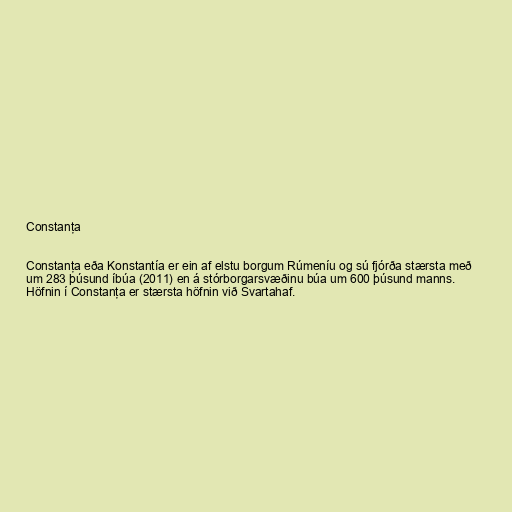
Constanţa

Constanţa eða Konstantía er ein af elstu borgum Rúmeníu og sú fjórða stærsta með
um 283 þúsund íbúa (2011) en á stórborgarsvæðinu búa um 600 þúsund manns.
Höfnin í Constanţa er stærsta höfnin við Svartahaf.